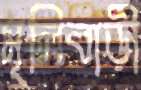
মূলিবাড়ী